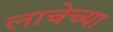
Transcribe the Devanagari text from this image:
लाचेच्या